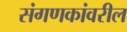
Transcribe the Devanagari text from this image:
संगणकांवरील